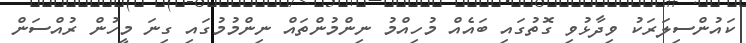
ކައުންސިލަރަކު ވިދާާޅުވި ގޮތުގައި ބައެއް މުހިއްމު ނިންމުންތައް ނިންމުމުގައި ގިނަ މީހުުން ރުއްސަން